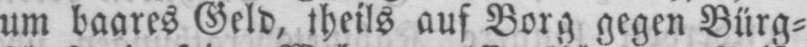
um baares Geld, theils auf Borg gegen Bürg⸗